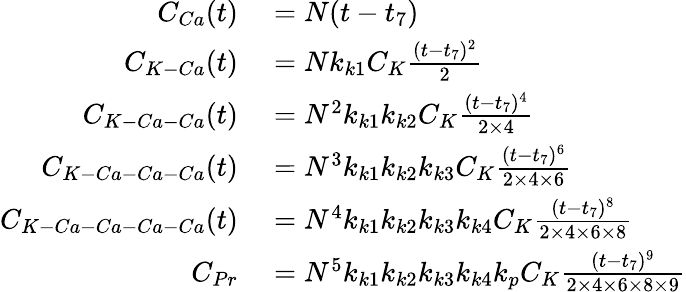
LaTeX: \begin{array}{rl}{C_{Ca}(t)}&{{}=N(t-t_{7})}\\ {C_{K-Ca}(t)}&{{}=Nk_{k1}C_{K}\frac{(t-t_{7})^{2}}{2}}\\ {C_{K-Ca-Ca}(t)}&{{}=N^{2}k_{k1}k_{k2}C_{K}\frac{(t-t_{7})^{4}}{2\times 4}}\\ {C_{K-Ca-Ca-Ca}(t)}&{{}=N^{3}k_{k1}k_{k2}k_{k3}C_{K}\frac{(t-t_{7})^{6}}{2\times 4\times 6}}\\ {C_{K-Ca-Ca-Ca-Ca}(t)}&{{}=N^{4}k_{k1}k_{k2}k_{k3}k_{k4}C_{K}\frac{(t-t_{7})^{8}}{2\times 4\times 6\times 8}}\\ {C_{Pr}}&{{}=N^{5}k_{k1}k_{k2}k_{k3}k_{k4}k_{p}C_{K}\frac{(t-t_{7})^{9}}{2\times 4\times 6\times 8\times 9}}\end{array}